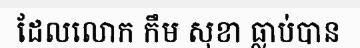
ដែលលោក កឹម សុខា ធ្លាប់បាន